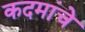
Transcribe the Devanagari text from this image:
कदमांचे